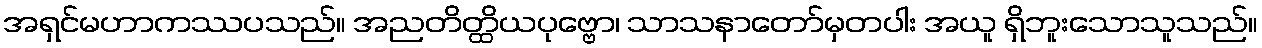
အရှင်မဟာကဿပသည်။ အညတိတ္ထိယပုဗ္ဗော၊ သာသနာတော်မှတပါး အယူ ရှိဘူးသောသူသည်။